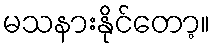
မသနားနိုင်တော့။